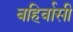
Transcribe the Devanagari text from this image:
बहिर्वासी